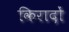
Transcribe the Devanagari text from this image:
किरादों